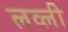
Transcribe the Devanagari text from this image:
लव्ली